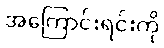
အကြောင်းရင်းကို